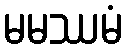
မမဿမံ